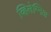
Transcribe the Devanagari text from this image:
व्हिलेम्निअ